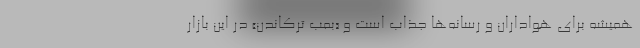
همیشه برای هواداران و رسانه‌ها جذاب است و «بمب ترکاندن» در این بازار